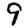
Digit: 9